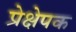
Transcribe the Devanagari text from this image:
प्रेक्षेपक